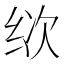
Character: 𰬒